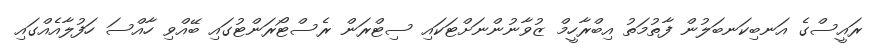
ރައީސްގެ އަނބިކަނބަލުން ފާތުމަތު އިބްރާހީމް ޒުވާނުންނަށްޓަކައި ސިޓްރަން ރެސްޓޯރަންޓުގައި ބޭއްވި ހާއްސަ ހަފުލާއެއްގައި